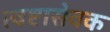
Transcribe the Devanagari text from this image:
त्वष्टासेवक